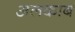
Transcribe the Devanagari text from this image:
अलकाब